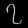
Digit: ၇